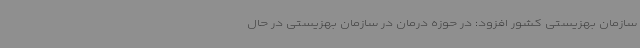
سازمان بهزیستی کشور افزود: در حوزه درمان در سازمان بهزیستی در حال